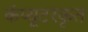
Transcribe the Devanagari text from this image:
कंप्यूटरकृत